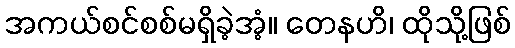
အကယ်စင်စစ်မရှိခဲ့အံ့။ တေနဟိ၊ ထိုသို့ဖြစ်